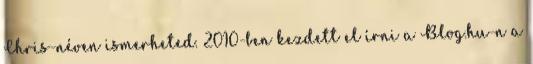
Chris-néven ismerheted. 2010-ben kezdett el írni a Blog.hu-n a